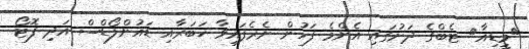
<މީޑިއާ> ޓެބްގެ ދަށުގައި އެންމެ ފަހުން ނެރެފައިވާ ޚަބަރާއި ޑައުންލޯޑްސް އަދި ފޮޓޯ